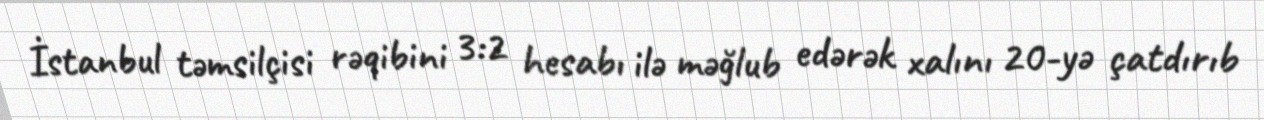
İstanbul təmsilçisi rəqibini 3:2 hesabı ilə məğlub edərək xalını 20-yə çatdırıb